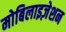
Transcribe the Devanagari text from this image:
मोबिलाइज़ेशन